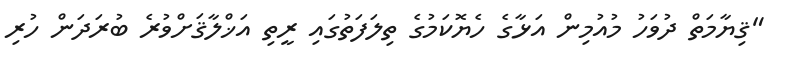
"ޤިޔާމަތް ދުވަހު މުއުމިން އަޅާގެ ހެޔޮކަމުގެ ތިލަފަތުގައި ރީތި އަޚްލާޤަށްވުރެ ބުރަދަން ހުރި